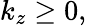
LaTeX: k_{z}\geq 0,